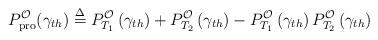
LaTeX: \begin{align*}P_{\rm{pro}}^{\cal O}(\gamma_{th}) \buildrel \Delta \over = P_{{T_1}}^{\cal O}\left( {{\gamma _{th}}} \right) + P_{{T_2}}^{\cal O}\left( {{\gamma _{th}}} \right) - P_{{T_1}}^{\cal O}\left( {{\gamma _{th}}} \right)P_{{T_2}}^{\cal O}\left( {{\gamma _{th}}} \right)\end{align*}